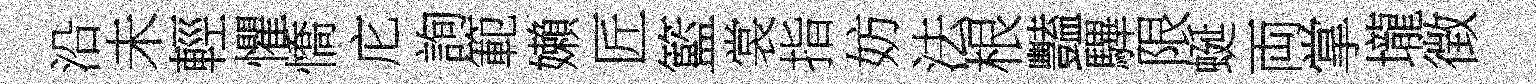
沿未輕懼憍庀詢範嬾匠籃裳指妨法根豔驆限蜒両掌壠徴